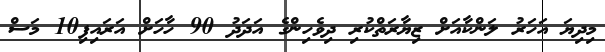
މިދިޔަ އަހަރު ލަންކާއަށް ޒިޔާރަތްކުރި ދިވެހިންގެ އަދަދު 90 ހާހަށް އަރައިފި10 މަސް